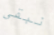
نبقى